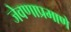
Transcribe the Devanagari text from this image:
जेवणाप्रमाणे